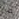
من